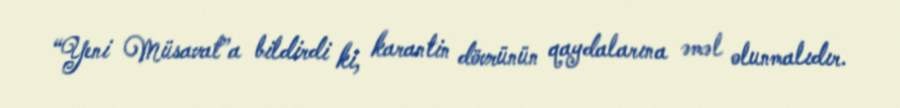
“Yeni Müsavat”a bildirdi ki, karantin dövrünün qaydalarına əməl olunmalıdır.